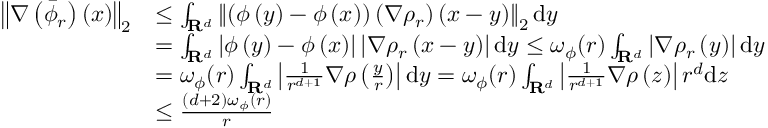
\begin{array} { r l } { \left\| \nabla \left( \Bar { \phi } _ { r } \right) ( x ) \right\| _ { 2 } } & { \le \int _ { \mathbf { R } ^ { d } } \left\| \left( \phi \left( y \right) - \phi \left( x \right) \right) \left( \nabla \rho _ { r } \right) \left( x - y \right) \right\| _ { 2 } \mathrm { d } y } \\ & { = \int _ { \mathbf { R } ^ { d } } \left| \phi \left( y \right) - \phi \left( x \right) \right| \left| \nabla \rho _ { r } \left( x - y \right) \right| \mathrm { d } y \le \omega _ { \phi } ( r ) \int _ { \mathbf { R } ^ { d } } \left| \nabla \rho _ { r } \left( y \right) \right| \mathrm { d } y } \\ & { = \omega _ { \phi } ( r ) \int _ { \mathbf { R } ^ { d } } \left| \frac { 1 } { r ^ { d + 1 } } \nabla \rho \left( \frac { y } { r } \right) \right| \mathrm { d } y = \omega _ { \phi } ( r ) \int _ { \mathbf { R } ^ { d } } \left| \frac { 1 } { r ^ { d + 1 } } \nabla \rho \left( z \right) \right| r ^ { d } \mathrm { d } z } \\ & { \le \frac { ( d + 2 ) \omega _ { \phi } ( r ) } { r } } \end{array}